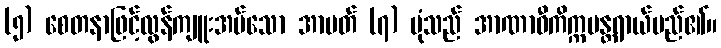
(၅) စေတနာဖြင့်လွန်ကျူးအပ်သော အာပတ် (၇) ပုံသည် အာဏာဝီကိက္ကမန္တရာယ်မည်၏။